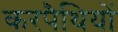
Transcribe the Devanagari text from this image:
करपैथियों